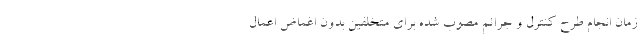
زمان انجام طرح کنترل و جرائم مصوب شده برای متخلفین بدون اغماض اعمال